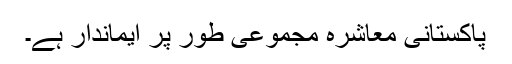
پاکستانی معاشرہ مجموعی طور پر ایماندار ہے۔